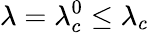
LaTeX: \lambda=\lambda_{c}^{0}\leq\lambda_{c}